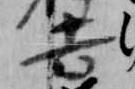
吉